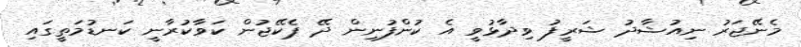
މެނޭޖަރު ނިއުޝާދު ޝަރީފު ވިދާޅުވީ އެ ކުންފުނިން ދޭ ޕެކޭޖުން ކަވާކުރާނީ ކަނޑުމަތީގައި